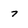
Character: 7